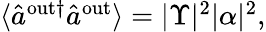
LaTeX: \begin{array}{r}{\langle\hat{a}^{\mathrm{{out}\dagger}}\hat{a}^{\mathrm{{out}}}\rangle=|\Upsilon|^{2}|\alpha|^{2},}\end{array}